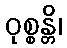
ဝုစ္စန္တိ၊